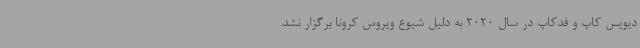
دیویس کاپ و فدکاپ در سال 2020 به دلیل شیوع ویروس کرونا برگزار نشد.